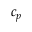
c _ { p }